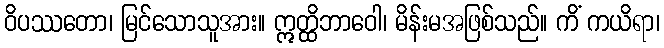
ဝိပဿတော၊ မြင်သောသူအား။ ဣတ္ထိဘာဝေါ၊ မိန်းမအဖြစ်သည်။ ကိံ ကယိရာ၊